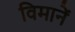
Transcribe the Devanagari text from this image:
विमानें